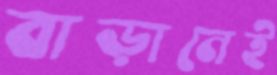
বাড়ানেই